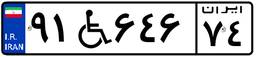
۰۴W۲۲۱۷۵